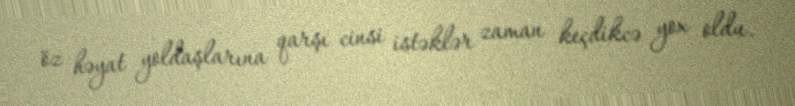
öz həyat yoldaşlarına qarşı cinsi istəklər zaman keçdikcə yox oldu.